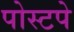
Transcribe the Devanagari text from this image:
पोस्टपे